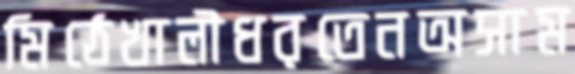
মিঠেখালীধরতেনঅসাম